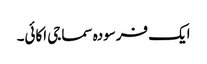
ایک فرسودہ سماجی اکائی۔